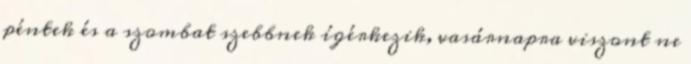
péntek és a szombat szebbnek ígérkezik, vasárnapra viszont ne